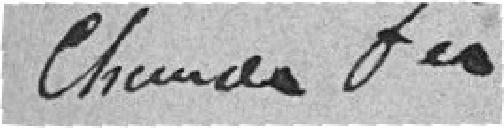
chemins de fer